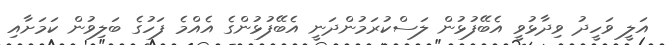
އަލީ ވަހީދު ވިދާޅުވީ އެބޭފުޅުން ލަސްކުރަމުންދަނީ އެބޭފުޅުންގެ އެއްމެ ފަހުގެ ބަލިވުން ކަމަށާއި